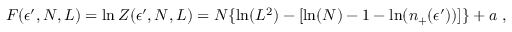
F ( \epsilon ^ { \prime } , N , L ) = \ln Z ( \epsilon ^ { \prime } , N , L ) = N \{ \ln ( L ^ { 2 } ) - [ \ln ( N ) - 1 - \ln ( n _ { + } ( \epsilon ^ { \prime } ) ) ] \} + a \; ,